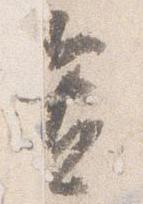
置